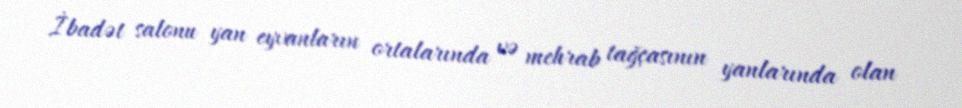
İbadət salonu yan eyvanların ortalarında və mehrab tağçasının yanlarında olan